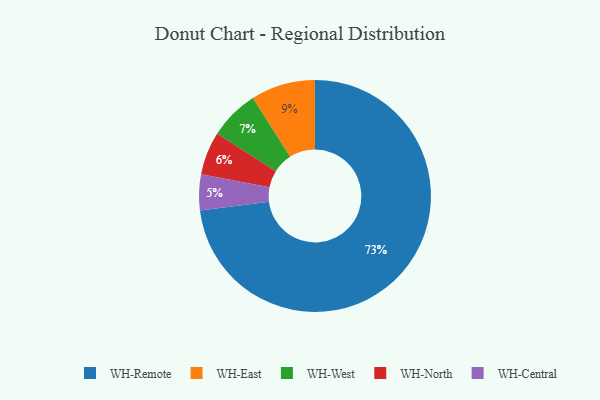
{"axis": {"x": "Category", "y": "Percentage"}, "legend": ["WH-Central", "WH-East", "WH-North", "WH-Remote", "WH-West"], "data": [{"x": "WH-North", "y": 6, "type": "WH-North"}, {"x": "WH-West", "y": 7, "type": "WH-West"}, {"x": "WH-East", "y": 9, "type": "WH-East"}, {"x": "WH-Remote", "y": 73, "type": "WH-Remote"}, {"x": "WH-Central", "y": 5, "type": "WH-Central"}]}